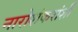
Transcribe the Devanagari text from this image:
नारोशंकरांशी